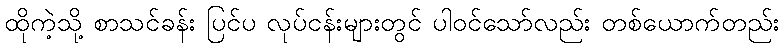
ထိုကဲ့သို့ စာသင်ခန်း ပြင်ပ လုပ်ငန်းများတွင် ပါဝင်သော်လည်း တစ်ယောက်တည်း